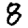
Digit: 8